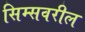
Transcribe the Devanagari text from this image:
सिम्सवरील